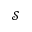
\mathcal { S }